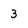
Character: 3